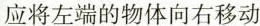
应将左端的物体向右移动